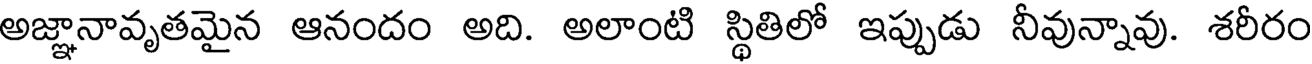
అజ్ఞానావృతమైన ఆనందం అది. అలాంటి స్థితిలో ఇప్పుడు నీవున్నావు. శరీరం